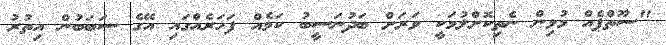
"ސޫތްޕެއް މުޅިން ނެތިކޮށްލުމަކީ ވަރަށް ބަދުނަސީބު ކަމެއް ފަހަރެއްގައި އޭގެ ސަބަބުން އިތުރު